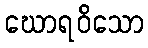
ဃောရဝိသော